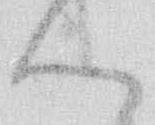
ん